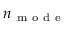
n _ { \mathrm { ~ m ~ o ~ d ~ e ~ } }